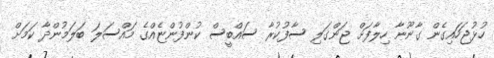
ހުޅުޖަހައިގެން ގާނޫނާ ހިލާފަށް ޖަންގަލި ސާފުކުރާ ސައްބީސް ކުންފުންޏެއްގެ މައްސަލަ ބަލަމުންދާ ކަމަށް